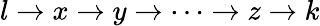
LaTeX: l\to x\to y\to\cdots\to z\to k